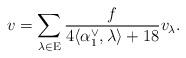
LaTeX: \begin{align*}v = \sum \limits_{\lambda \in \mathrm E} \frac{f}{4\langle \alpha_1^\vee, \lambda \rangle + 18}v_\lambda.\end{align*}